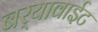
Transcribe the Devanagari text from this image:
बर्‍यावाईट